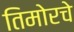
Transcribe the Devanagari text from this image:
तिमोरचे